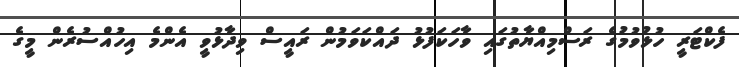
ފެކްޓަރީ ހުޅުވުމުގެ ރަސްމިއްޔާތުގައި ވާހަކަފުޅު ދައްކަވަމުން ރައީސް ވިދާޅުވީ އެންމެ އިހުއްސުރެން މީގެ